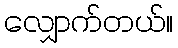
လျှောက်တယ်။